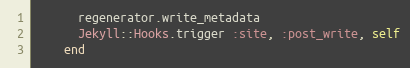
Language: Ruby
      regenerator.write_metadata
      Jekyll::Hooks.trigger :site, :post_write, self
    end